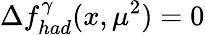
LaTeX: \Delta f_{had}^{\gamma}(x,\mu^{2})=0